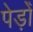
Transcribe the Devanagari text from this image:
पेड़ोँ